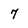
Character: 7